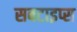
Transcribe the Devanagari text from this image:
सबटाइप्स